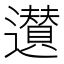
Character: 𨘧